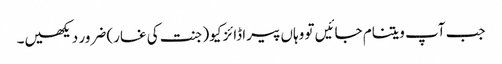
جب آپ ویتنام جائیں تو وہاں پیراڈائز کیو(جنت کی غار) ضرور دیکھیں۔